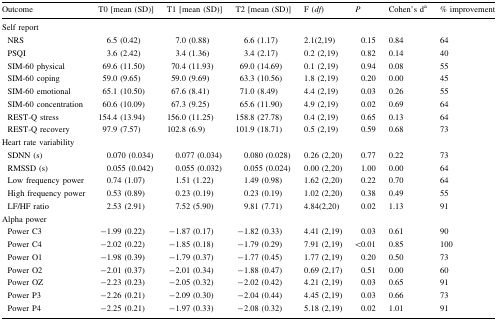
<table><thead><tr><td><b>Outcome</b></td><td><b>T0 [mean (SD)]</b></td><td><b>T1 [mean (SD)]</b></td><td><b>T2 [mean (SD)]</b></td><td><b>F (<i>df</i>)</b></td><td><b><i>P</i></b></td><td><b>Cohen’s d<sup>a</sup></b></td><td><b>% improvement</b></td></tr></thead><tbody><tr><td colspan="8">Self report</td></tr><tr><td> NRS</td><td>6.5 (0.42)</td><td>7.0 (0.88)</td><td>6.6 (1.17)</td><td>2.1(2,19)</td><td>0.15</td><td>0.84</td><td>64</td></tr><tr><td> PSQI</td><td>3.6 (2.42)</td><td>3.4 (1.36)</td><td>3.4 (2.17)</td><td>0.2 (2,19)</td><td>0.82</td><td>0.14</td><td>40</td></tr><tr><td> SIM-60 physical</td><td>69.6 (11.50)</td><td>70.4 (11.93)</td><td>69.0 (14.69)</td><td>0.1 (2,19)</td><td>0.94</td><td>0.08</td><td>55</td></tr><tr><td> SIM-60 coping</td><td>59.0 (9.65)</td><td>59.0 (9.69)</td><td>63.3 (10.56)</td><td>1.8 (2,19)</td><td>0.20</td><td>0.00</td><td>45</td></tr><tr><td> SIM-60 emotional</td><td>65.1 (10.50)</td><td>67.6 (8.41)</td><td>71.0 (8.49)</td><td>4.4 (2,19)</td><td>0.03</td><td>0.26</td><td>55</td></tr><tr><td> SIM-60 concentration</td><td>60.6 (10.09)</td><td>67.3 (9.25)</td><td>65.6 (11.90)</td><td>4.9 (2,19)</td><td>0.02</td><td>0.69</td><td>64</td></tr><tr><td> REST-Q stress</td><td>154.4 (13.94)</td><td>156.0 (11.25)</td><td>158.8 (27.78)</td><td>0.4 (2,19)</td><td>0.65</td><td>0.13</td><td>64</td></tr><tr><td> REST-Q recovery</td><td>97.9 (7.57)</td><td>102.8 (6.9)</td><td>101.9 (18.71)</td><td>0.5 (2,19)</td><td>0.59</td><td>0.68</td><td>73</td></tr><tr><td colspan="8">Heart rate variability</td></tr><tr><td> SDNN (s)</td><td>0.070 (0.034)</td><td>0.077 (0.034)</td><td>0.080 (0.028)</td><td>0.26 (2,20)</td><td>0.77</td><td>0.22</td><td>73</td></tr><tr><td> RMSSD (s)</td><td>0.055 (0.042)</td><td>0.055 (0.032)</td><td>0.055 (0.024)</td><td>0.00 (2,20)</td><td>1.00</td><td>0.00</td><td>64</td></tr><tr><td> Low frequency power</td><td>0.74 (1.07)</td><td>1.51 (1.22)</td><td>1.49 (0.98)</td><td>1.62 (2,20)</td><td>0.22</td><td>0.70</td><td>64</td></tr><tr><td> High frequency power</td><td>0.53 (0.89)</td><td>0.23 (0.19)</td><td>0.23 (0.19)</td><td>1.02 (2,20)</td><td>0.38</td><td>0.49</td><td>55</td></tr><tr><td> LF/HF ratio</td><td>2.53 (2.91)</td><td>7.52 (5.90)</td><td>9.81 (7.71)</td><td>4.84(2,20)</td><td>0.02</td><td>1.13</td><td>91</td></tr><tr><td colspan="8">Alpha power</td></tr><tr><td> Power C3</td><td>−1.99 (0.22)</td><td>−1.87 (0.17)</td><td>−1.82 (0.33)</td><td>4.41 (2,19)</td><td>0.03</td><td>0.61</td><td>90</td></tr><tr><td> Power C4</td><td>−2.02 (0.22)</td><td>−1.85 (0.18)</td><td>−1.79 (0.29)</td><td>7.91 (2,19)</td><td>&lt;0.01</td><td>0.85</td><td>100</td></tr><tr><td> Power O1</td><td>−1.98 (0.39)</td><td>−1.79 (0.37)</td><td>−1.77 (0.45)</td><td>1.77 (2,19)</td><td>0.20</td><td>0.50</td><td>73</td></tr><tr><td> Power O2</td><td>−2.01 (0.37)</td><td>−2.01 (0.34)</td><td>−1.88 (0.47)</td><td>0.69 (2,17)</td><td>0.51</td><td>0.00</td><td>60</td></tr><tr><td> Power OZ</td><td>−2.23 (0.23)</td><td>−2.05 (0.32)</td><td>−2.02 (0.42)</td><td>4.21 (2,19)</td><td>0.03</td><td>0.65</td><td>91</td></tr><tr><td> Power P3</td><td>−2.26 (0.21)</td><td>−2.09 (0.30)</td><td>−2.04 (0.44)</td><td>4.45 (2,19)</td><td>0.03</td><td>0.66</td><td>73</td></tr><tr><td> Power P4</td><td>−2.25 (0.21)</td><td>−1.97 (0.33)</td><td>−2.08 (0.32)</td><td>5.18 (2,19)</td><td>0.02</td><td>1.01</td><td>91</td></tr></tbody></table>